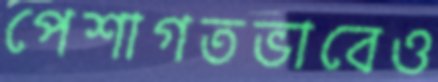
পেশাগতভাবেও